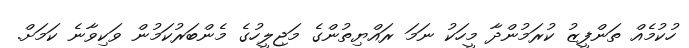
ހުކުމެއް ތަންފީޒު ކުރަމުންދާ މީހަކު ނަމަ ރައްޔިތުންގެ މަޖިލީހުގެ މެންބަރުކަމުން ވަކިވާނެ ކަމަށް.